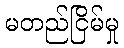
မတည်ငြိမ်မှု